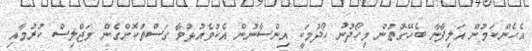
އެހެންކަމުން އަލިފާނާ ބެހޭގޮތުން މިހޯދުނު ހޯދުމަކީ އިންސާނުން އެކުވެއުޅުމާ ގަސްތުކޮށްގެން މަޖްލިސް ކުރުމާއި